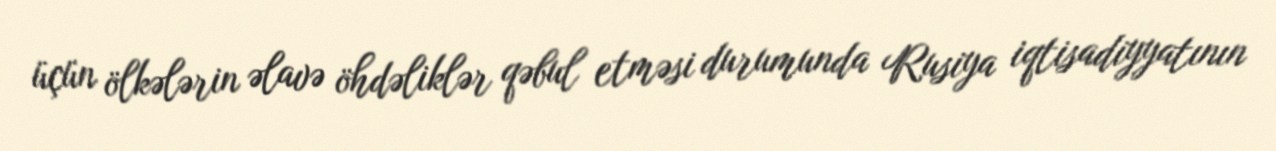
üçün ölkələrin əlavə öhdəliklər qəbul etməsi durumunda Rusiya iqtisadiyyatının